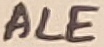
Text: ALE